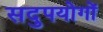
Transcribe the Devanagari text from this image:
सदुपयोगों